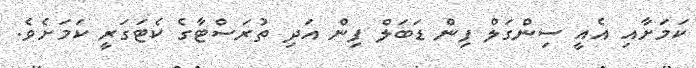
ކަމަށާއި އެއީ ސިންގަލް ފިން ޑަބަލް ފިން އަދި ތުރަސްޓާގެ ކެޓަގަރީ ކަމަށެވެ.